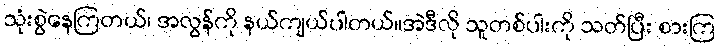
သုံးစွဲနေကြတယ်၊ အလွန်ကို နယ်ကျယ်ပါတယ်။အဲဒီလို သူတစ်ပါးကို သတ်ပြီး စားကြ